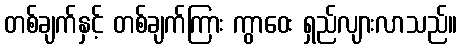
တစ်ချက်နှင့် တစ်ချက်ကြား ကွာဝေး ရှည်လျားလာသည်။